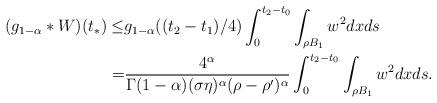
LaTeX: \begin{align*}(g_{1-\alpha}*W)(t_{*}) \leq & g_{1-\alpha}((t_{2}-t_{1})/4)\int_{0}^{t_{2}-t_{0}}\int_{\rho B_{1}}w^{2}dxds \\= & \frac{4^{\alpha}}{\Gamma(1-\alpha)(\sigma\eta)^{\alpha}(\rho-\rho')^{\alpha}}\int_{0}^{t_{2}-t_{0}}\int_{\rho B_{1}}w^{2}dxds.\end{align*}